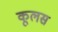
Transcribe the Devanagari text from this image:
कूलस